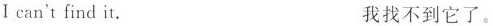
Ican't find it. 我找不到它了。